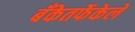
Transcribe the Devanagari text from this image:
बँकेतर्फेकेले